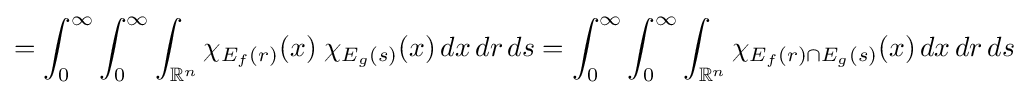
=\int _{0}^{\infty }\int _{0}^{\infty }\int _{\mathbb {R} ^{n}}\chi _{E_{f}(r)}(x)\;\chi _{E_{g}(s)}(x)\,dx\,dr\,ds=\int _{0}^{\infty }\int _{0}^{\infty }\int _{\mathbb {R} ^{n}}\chi _{E_{f}(r)\cap E_{g}(s)}(x)\,dx\,dr\,ds